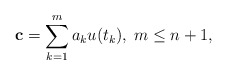
\begin{align*}{\bf c} = \sum\limits_{k=1}^ma_ku(t_k),\;m\leq n+1,\end{align*}